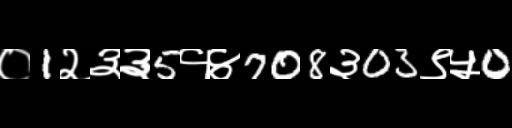
Text: ०1२३३5१४708३03९५0